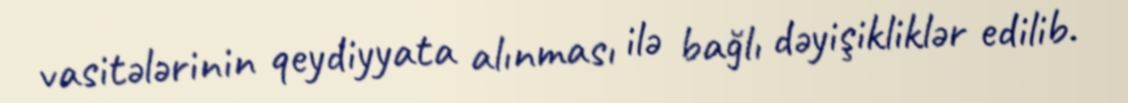
vasitələrinin qeydiyyata alınması ilə bağlı dəyişikliklər edilib.